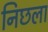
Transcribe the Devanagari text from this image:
निछला